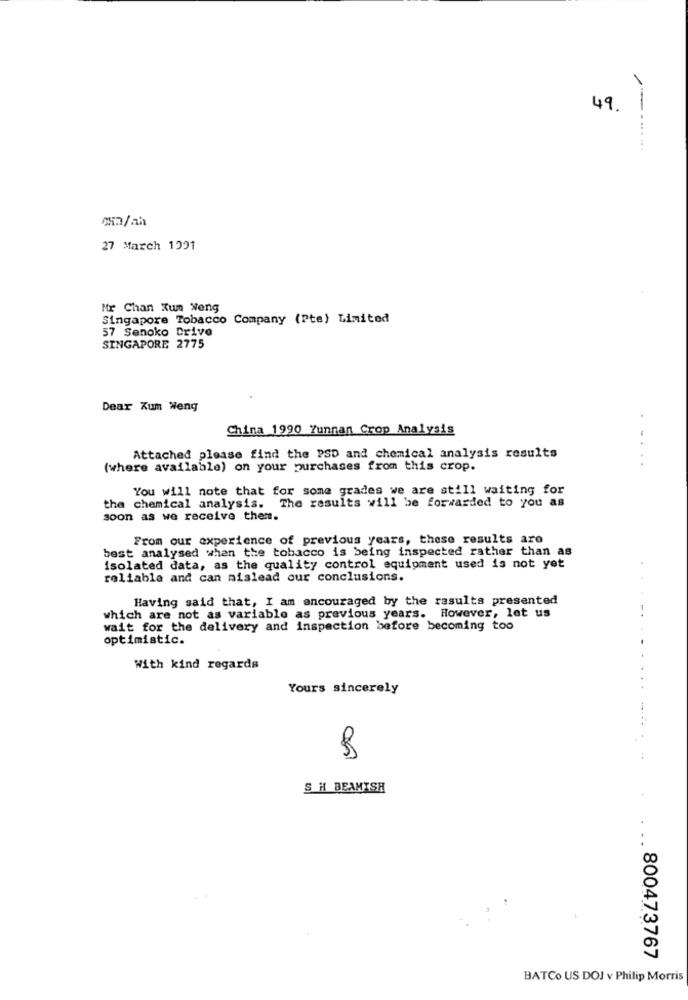
49.
---.....
27 March 1991
Mr Chan Kum Weng
Singapore Tobacco Company (Pte) Limited
57 Senoko Drive
SINGAPORE 2775
Dear Kum Weng
China 1990 Yunnan Crop Analysis
. -
Attached please find the PSD and chemical analysis results
(where available) on your purchases from this crop.
You will note that for some grades we are still waiting for
the chemical analysis. The results will be forwarded to you as
soon as we receive them.
From our experience of previous years, these results aro
best analysed when the tobacco is being inspected rather than as
isolated data, as the quality control equipment used is not yet
reliable and can mislead our conclusions.
Having said that, I am ancouraged by the results presented
which are not as variable as previous years. However, let us
wait for the delivery and inspection before becoming too
optimistic.
With kind regards
Yours sincerely
S H BEAMISH
800473767
BATCo US DOJ v Philip Morris